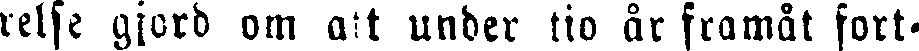
relse gjord om att under tio är framåt fort-